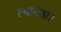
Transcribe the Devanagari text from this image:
त्‍यागता।